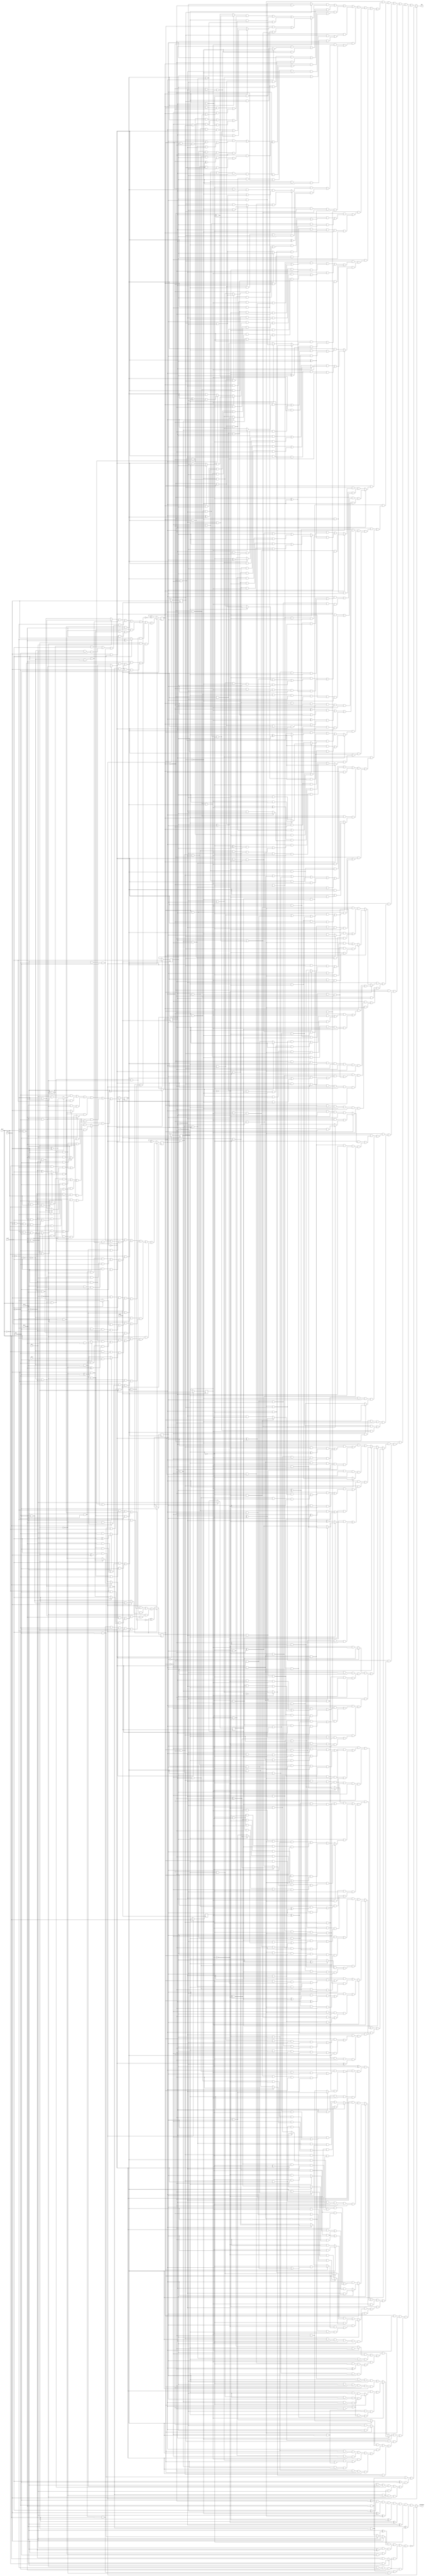
// Benchmark "Huffman_jpeg_8" written by ABC on Fri Nov 21 18:10:47 2014

module Huffman_jpeg_8 ( clock, 
    in_0 , in_1 , in_2 , in_3 , in_4 , in_5 , in_6 , in_7 ,
    carestate, out  );
  input  clock;
  input  in_0 , in_1 , in_2 , in_3 , in_4 , in_5 , in_6 ,
    in_7 ;
  output carestate, out;
  reg reg_0 , reg_1 , reg_2 , reg_3 , reg_4 , reg_5 , reg_6 ,
    reg_7 , counter_0 , counter_1 , counter_2 , counter_3 ;
  wire n47_1, n56, n57_1, n58, n59, n60, n61, n62_1, n63, n64, n65, n66,
    n67_1, n72_1, n73, n74, n75, n76, n77_1, n78, n79, n80, n81, n83, n84,
    n22, n27, n32, n37, n42, n47, n52, n57, n62, n67, n72, n77;
  assign n47_1 = ~counter_0  & ~counter_1  & ~counter_2  & ~counter_3 ;
  assign n22 = n47_1 ? in_0  : reg_0 ;
  assign n27 = n47_1 ? in_1  : reg_1 ;
  assign n32 = n47_1 ? in_2  : reg_2 ;
  assign n37 = n47_1 ? in_3  : reg_3 ;
  assign n42 = n47_1 ? in_4  : reg_4 ;
  assign n47 = n47_1 ? in_5  : reg_5 ;
  assign n52 = n47_1 ? in_6  : reg_6 ;
  assign n57 = n47_1 ? in_7  : reg_7 ;
  assign n56 = ((in_4  ? (~in_5  & ~in_7 ) : (in_5  & in_7 )) & (in_0  | (~in_0  & in_6 ))) | (~in_5  & ((in_0  & ~in_4  & in_6 ) | (~in_0  & in_4  & ~in_6 ) | (in_0  & ~in_6  & in_7 ))) | (in_0  & ~in_4  & in_5  & ~in_7 ) | (~in_0  & in_1  & ~in_4  & ((~in_5  & in_6 ) | (in_5  & ~in_6 ) | (in_5  & in_6  & ~in_7 ))) | (~in_0  & ~in_1  & in_2  & ~in_4  & (in_6  ? (~in_5  ^ ~in_7 ) : in_5 )) | (in_3  & ~in_4  & ((~in_7  & ((in_2  & ~in_5  & (in_0  ? (in_1  & ~in_6 ) : (~in_1  & in_6 ))) | (~in_0  & ~in_1  & ~in_2  & in_5 ))) | (~in_0  & ~in_1  & ~in_2  & in_5  & ~in_6  & in_7 )));
  assign n57_1 = (~in_5  & (in_0  ? (in_4  ^ in_6 ) : (in_4  & ~in_6 ))) | (in_0  & ~in_4  & in_5 ) | (~in_0  & in_1  & ~in_4  & in_5 ) | (~in_5  & ((in_6  & ((in_4  & ~in_7 ) | (~in_0  & in_1  & ~in_4  & in_7 ))) | (~in_0  & in_1  & ~in_4  & ~in_6  & in_7 ))) | (~in_0  & ~in_1  & in_2  & ~in_4  & (in_5  ? (in_6  | (~in_6  & in_7 )) : (~in_6  & in_7 ))) | (~in_4  & ((~in_0  & ~in_1  & ((~in_7  & (in_2  ? (in_3  ? (in_5  & ~in_6 ) : (~in_5  & in_6 )) : (in_6  & (in_3  ^ in_5 )))) | (~in_2  & in_7  & (in_3  ? in_6  : (in_5  & ~in_6 ))))) | (in_0  & in_1  & in_2  & ~in_6  & in_7  & in_3  & ~in_5 )));
  assign n58 = ((in_4  ^ in_5 ) & ((in_0  & ~in_6  & in_7 ) | (~in_7  & (in_0  | (~in_0  & in_6 ))) | (~in_0  & in_1  & ~in_6 ))) | (~in_5  & ((in_0  & in_1  & ~in_4  & in_6 ) | (~in_0  & ~in_1  & in_4  & ~in_6 ) | (in_0  & ~in_1  & ~in_4  & in_6  & in_7 ))) | (~in_4  & in_5  & in_6  & in_7  & (in_0  | (~in_0  & in_1 ))) | (~in_0  & ~in_4  & ((in_6  & ((in_2  & (in_1  ? ~in_5  : (in_5  & in_7 ))) | (~in_5  & in_7  & ~in_1  & ~in_2 ))) | (~in_5  & ~in_6  & in_7  & in_1  & in_2 ))) | (~in_4  & ((~in_5  & ((in_2  & ((~in_1  & in_6  & (in_0  ? (in_3  & ~in_7 ) : (~in_3  ^ in_7 ))) | (in_0  & in_1  & ~in_6  & (~in_3  ^ ~in_7 )))) | (~in_0  & ~in_2  & ~in_6  & (in_1  ? (in_3  & in_7 ) : (~in_3  ^ in_7 ))))) | (~in_0  & ~in_1  & in_5  & ((~in_6  & (in_2  ? (~in_3  ^ in_7 ) : (~in_3  & ~in_7 ))) | (in_6  & in_7  & ~in_2  & in_3 )))));
  assign n59 = (~in_6  & (in_0  ? (in_4  ^ in_5 ) : (in_4  & ~in_5 ))) | (in_0  & ~in_4  & in_5  & in_6 ) | (in_1  & ~in_4  & (in_0  ? (~in_5  & in_6 ) : in_5 )) | (~in_5  & in_6  & (in_4  ? ~in_7  : (in_0  ? (~in_1  & in_7 ) : (in_1  & ~in_7 )))) | (~in_4  & ((in_7  & ((~in_2  & ~in_5  & (in_0  ? (in_1  & ~in_6 ) : (~in_1  ^ in_6 ))) | (~in_0  & ~in_1  & in_2  & in_5 ))) | (~in_0  & ~in_1  & in_2  & in_5  & ~in_7 ))) | (~in_4  & (in_0  ? (~in_5  & ((~in_1  & ((in_2  & (in_3  ? (~in_6  & in_7 ) : (in_6  & ~in_7 ))) | (in_6  & ~in_7  & ~in_2  & in_3 ))) | (in_1  & in_2  & in_3  & ~in_6  & ~in_7 ))) : ((~in_1  & ~in_2  & (in_3  ? (in_5  & in_7 ) : (~in_5  & ~in_7 ))) | (in_1  & in_2  & in_3  & ~in_5  & in_7 ) | (~in_3  & ((~in_1  & ((in_2  & ~in_5  & in_6 ) | (~in_2  & in_5  & ~in_6  & ~in_7 ))) | (~in_5  & ~in_6  & in_7  & in_1  & ~in_2 ))) | (~in_5  & ~in_6  & in_7  & ~in_1  & in_2  & in_3 ))));
  assign n60 = 1'b0;
  assign n61 = counter_3  | n60;
  assign n62_1 = counter_2  | n61;
  assign n63 = counter_1  | n62_1;
  assign n64 = counter_0  ^ ~n63;
  assign n65 = counter_1  ^ ~n62_1;
  assign n66 = counter_2  ^ ~n61;
  assign n67_1 = counter_3  ^ ~n60;
  assign n62 = n47_1 ? n56 : n64;
  assign n67 = n47_1 ? n57_1 : n65;
  assign n72 = n47_1 ? n58 : n66;
  assign n77 = n47_1 ? n59 : n67_1;
  assign n72_1 = in_0  ^ ~reg_0 ;
  assign n73 = in_1  ^ ~reg_1 ;
  assign n74 = in_2  ^ ~reg_2 ;
  assign n75 = in_3  ^ ~reg_3 ;
  assign n76 = in_4  ^ ~reg_4 ;
  assign n77_1 = in_5  ^ ~reg_5 ;
  assign n78 = in_6  ^ ~reg_6 ;
  assign n79 = in_7  ^ ~reg_7 ;
  assign n80 = n79 & n78 & n77_1 & n76 & n75 & n74 & n72_1 & n73;
  assign n81 = ((in_0  ^ in_1 ) & (in_5  ? in_4  : (in_4  ? (in_6  & in_7 ) : (~in_6  & ~in_7 )))) | (in_4  & (in_0  ^ ~in_1 ) & (in_5  | (~in_5  & in_6  & in_7 ))) | (~in_4  & ~in_5  & ~in_6  & ~in_7  & (in_0  ? (in_1  & ~in_2 ) : (~in_1  & in_2 ))) | (~in_4  & ~in_5  & ~in_6  & ~in_7  & ((~in_0  & ~in_1  & ~in_2  & in_3 ) | (in_0  & in_1  & in_2  & ~in_3 )));
  assign carestate = n47_1 ? ~n81 : n80;
  assign n83 = (in_6  & in_7 ) | (~in_6  & ~in_7 ) | ((in_6  ^ in_7 ) & ((~in_0  & ~in_1  & ~in_2  & in_3 ) | in_0  | (~in_0  & in_1 ) | (~in_0  & ~in_1  & in_2 ) | (~in_0  & ~in_1  & ~in_2  & ~in_3  & in_4 ) | (~in_0  & ~in_1  & ~in_2  & ~in_3  & ~in_4  & in_5 )));
  assign n84 = (~reg_4  & (((reg_5  ? (~reg_6  & ~reg_7 ) : (reg_6  & reg_7 )) & (reg_3  ? ((counter_1  & (counter_0  ? (reg_0  | (~counter_2  & ~reg_0  & reg_1 )) : ((reg_0  & reg_1  & counter_2  & ~counter_3 ) | (~counter_2  & counter_3  & ~reg_0  & ~reg_1 )))) | (counter_0  & ~counter_1  & (reg_0  | (~reg_0  & reg_1 )))) : (((counter_3  ? (~reg_0  & reg_1 ) : (reg_0  & ~reg_1 )) & ((counter_0  & counter_1  & ~counter_2 ) | (~counter_1  & (counter_0  | (~counter_0  & counter_2 ))))) | (reg_1  & ((~counter_0  & ~counter_1  & ~counter_2  & counter_3 ) | (counter_0  & ~counter_3  & (~counter_1  | (counter_1  & ~counter_2 ))) | (counter_0  & reg_0  & (counter_3  | (counter_1  & counter_2  & ~counter_3 ))))) | (counter_0  & reg_0  & ~reg_1  & (counter_3  | (counter_1  & counter_2  & ~counter_3 )))))) | (((reg_0  & (counter_2  ? ~reg_5  : (reg_1  & reg_5 ))) | (~counter_2  & ~reg_0  & reg_1  & ~reg_5 )) & ((~counter_0  & counter_1  & ~reg_6  & reg_7 ) | (counter_0  & ~counter_1  & reg_6  & ~reg_7 ))) | (reg_1  & ((counter_0  & ((reg_5  & (reg_7  | (counter_1  & reg_6  & ~reg_7 ) | (reg_6  & ~reg_7  & ~counter_1  & ~reg_0 ))) | (counter_1  & reg_0  & ~reg_5  & reg_6  & ~reg_7 ) | (~reg_7  & ((~counter_1  & reg_0  & reg_6  & (~counter_2  ^ reg_5 )) | (counter_1  & counter_2  & ~reg_0  & reg_5  & ~reg_6 ))) | (~counter_1  & ~counter_2  & reg_0  & ~reg_5  & ~reg_6  & reg_7 ))) | (~counter_0  & counter_1  & counter_2  & reg_6  & ~reg_7  & ~reg_0  & ~reg_5 ))) | (counter_0  & reg_0  & ~reg_1  & ((reg_5  & (reg_6  | (~reg_6  & reg_7 ))) | (~counter_1  & ~counter_2  & ~reg_5  & reg_6  & ~reg_7 ))) | (reg_7  & ((~counter_2  & ((~reg_1  & (counter_0  ? (~counter_1  & ~counter_3  & (reg_0  ? (~reg_5  & ~reg_6 ) : (reg_5  & reg_6 ))) : (counter_1  & counter_3  & reg_0  & (~reg_5  | (reg_5  & ~reg_6 ))))) | (~counter_0  & counter_1  & reg_1  & reg_5  & reg_6  & (~counter_3  ^ reg_0 )))) | (~counter_0  & counter_1  & counter_2  & reg_5  & (reg_0  | (~reg_0  & reg_1 )) & (~counter_3  ^ reg_6 )))) | (counter_1  & ~reg_7  & ((~counter_0  & ((reg_0  & ((reg_1  & ((~counter_2  & (counter_3  ? (reg_5  & ~reg_6 ) : (~reg_5  & reg_6 ))) | (counter_2  & counter_3  & reg_5  & reg_6 ))) | (counter_2  & ~reg_1  & (counter_3  ? reg_6  : (reg_5  & ~reg_6 ))))) | (~counter_2  & counter_3  & ~reg_0  & reg_6  & (~reg_1  ^ ~reg_5 )))) | (counter_0  & ~counter_2  & ~counter_3  & reg_0  & ~reg_1  & ~reg_5  & reg_6 ))) | (~counter_1  & ((reg_5  & ((~counter_2  & ~reg_1  & ((counter_0  & ~reg_0  & reg_3  & (~counter_3  ^ reg_7 )) | (~counter_0  & counter_3  & reg_0  & ~reg_3  & ~reg_7 ))) | (~counter_0  & counter_2  & ~counter_3  & ~reg_0  & reg_1  & ~reg_3  & ~reg_7 ) | (~reg_0  & ((reg_3  & ((reg_7  & (counter_0  ? (~reg_1  & (counter_2  ? reg_6  : (~counter_3  & ~reg_6 ))) : (counter_2  ? ((counter_3  ^ reg_1 ) & ~reg_6 ) : (counter_3  & reg_6 )))) | (~reg_1  & ~reg_7  & ((counter_0  & reg_6  & (counter_2  ^ counter_3 )) | (~counter_0  & counter_2  & counter_3  & ~reg_6 ))))) | (~counter_0  & counter_3  & ~reg_3  & ((reg_1  & (counter_2  ? (reg_6  ^ reg_7 ) : (~reg_6  & reg_7 ))) | (reg_6  & ~reg_7  & ~counter_2  & ~reg_1 ))))) | (~counter_0  & counter_3  & reg_0  & ((reg_1  & (counter_2  ? (reg_3  ? (~reg_6  & reg_7 ) : (reg_6  & ~reg_7 )) : (reg_3  ? (reg_6  & reg_7 ) : (reg_6  ^ reg_7 )))) | (~counter_2  & ~reg_1  & reg_7  & (~reg_3  ^ reg_6 )))))) | (~counter_0  & ~reg_5  & (counter_2  ? ((reg_3  & (reg_0  ? ((counter_3  & ~reg_1  & ~reg_6  & reg_7 ) | (~counter_3  & reg_1  & reg_6  & ~reg_7 )) : ((reg_6  & (counter_3  ? (~reg_1  ^ reg_7 ) : (~reg_1  & reg_7 ))) | (~reg_6  & reg_7  & ~counter_3  & ~reg_1 )))) | (~counter_3  & ~reg_0  & reg_1  & ~reg_3  & (reg_6  ^ reg_7 ))) : (counter_3  & ((reg_1  & ((~reg_0  & (reg_3  ? (reg_6  & ~reg_7 ) : (~reg_6  & reg_7 ))) | (reg_0  & ~reg_3  & reg_6  & ~reg_7 ))) | (reg_0  & ~reg_1  & reg_3  & reg_7 ))))))) | (counter_1  & (reg_0  ? ((~counter_0  & ((~counter_3  & ((~reg_3  & ((counter_2  & ~reg_7  & (reg_1  ? (reg_5  & ~reg_6 ) : (~reg_5  & reg_6 ))) | (~counter_2  & reg_1  & ~reg_5  & reg_6  & reg_7 ))) | (~counter_2  & reg_3  & ~reg_6  & reg_7  & (~reg_1  ^ ~reg_5 )))) | (~counter_2  & counter_3  & reg_1  & ~reg_6  & reg_7  & ~reg_3  & ~reg_5 ))) | (counter_3  & ~reg_1  & counter_0  & ~counter_2  & reg_6  & ~reg_7  & reg_3  & ~reg_5 )) : ((reg_5  & (counter_0  ? (~reg_1  & reg_3  & reg_6  & reg_7 ) : ((~reg_7  & (counter_2  ? ((~counter_3  & reg_1  & ~reg_3  & reg_6 ) | (counter_3  & ~reg_1  & reg_3  & ~reg_6 )) : ((~counter_3  & ~reg_1  & ~reg_3  & reg_6 ) | (reg_3  & ~reg_6  & counter_3  & reg_1 )))) | (~counter_2  & ~reg_1  & ~reg_3  & reg_7  & (~counter_3  ^ reg_6 ))))) | (~counter_0  & ~reg_5  & reg_7  & ((counter_2  & ((~counter_3  & reg_3  & (reg_1  ^ reg_6 )) | (~reg_3  & reg_6  & counter_3  & reg_1 ))) | (~counter_2  & ~counter_3  & reg_1  & reg_3  & reg_6 )))))))) | (reg_4  & ~reg_5  & ((~reg_7  & (((~reg_1  ^ reg_6 ) & (((~counter_2  ^ reg_3 ) & (counter_0  | (~counter_0  & counter_3  & reg_0 ))) | ((counter_2  ^ reg_3 ) & (counter_0  | (~counter_0  & counter_1  & counter_3  & reg_0 ))) | (~counter_0  & counter_1  & ~counter_2  & ~counter_3  & reg_0 ))) | (counter_3  & (reg_0  ? (((reg_1  ^ reg_6 ) & (counter_0  | (~counter_0  & counter_1  & counter_2 ) | (~counter_0  & ~counter_1  & ~counter_2  & ~reg_3 ))) | (~counter_0  & counter_1  & ~counter_2  & ~reg_1  & reg_6 )) : ((counter_1  & (counter_0  ? (reg_1  ^ reg_6 ) : reg_1 )) | (counter_0  & ~counter_1  & (reg_1  ^ reg_6 )) | (~counter_0  & ~counter_1  & (counter_2  ? (reg_1  ? (reg_3  & reg_6 ) : (~reg_3  & ~reg_6 )) : (reg_1  & ~reg_3 )))))) | (~counter_3  & ((counter_0  & ~counter_1  & (reg_1  ^ reg_6 )) | (counter_1  & (counter_0  ? (reg_1  ^ reg_6 ) : (((~reg_1  ^ reg_3 ) & (counter_2  ? reg_6  : (~reg_0  & ~reg_6 ))) | (counter_2  & (((~reg_1  ^ ~reg_3 ) & reg_6 ) | (reg_0  & reg_1  & reg_3  & ~reg_6 ))) | (~counter_2  & reg_0  & ~reg_1  & reg_3  & reg_6 )))))))) | (~reg_6  & reg_7  & ((counter_1  & counter_2  & ~counter_3  & reg_3 ) | (~counter_1  & ~counter_2  & counter_3  & ~reg_3 ) | (counter_0  & ((counter_1  & ~counter_2 ) | (~counter_1  & counter_2 ) | (counter_1  & counter_2  & counter_3 ) | (~counter_1  & ~counter_2  & ~counter_3 ) | (~counter_1  & ~counter_2  & counter_3  & reg_3 ) | (counter_1  & counter_2  & ~counter_3  & ~reg_3 ))) | (~counter_0  & counter_2  & reg_1  & (counter_1  ? (counter_3  | (~counter_3  & ~reg_3 )) : (counter_3  & ~reg_3 ))) | (~counter_0  & ((counter_1  & reg_0  & ((~reg_1  & ((counter_2  & counter_3 ) | (~counter_2  & ~counter_3 ) | (counter_2  & ~counter_3  & ~reg_3 ))) | (reg_1  & ~reg_3  & ~counter_2  & ~counter_3 ))) | (~counter_1  & counter_2  & ~counter_3  & ~reg_0  & ~reg_1  & ~reg_3 ))))))) | (reg_2  & ((~reg_0  & (counter_1  ? ((~reg_1  & ((~counter_2  & ((reg_3  & ((~reg_4  & reg_5  & (counter_0  ? ~reg_7  : (~counter_3  & reg_7 ))) | (~counter_0  & counter_3  & reg_4  & ~reg_5  & ~reg_7 ))) | (counter_0  & ~reg_3  & ~reg_4  & reg_5  & reg_7 ))) | (~counter_0  & counter_2  & counter_3  & ~reg_5  & ~reg_7  & reg_3  & reg_4 ))) | (~counter_0  & ~counter_2  & counter_3  & reg_1  & reg_5  & ~reg_7  & ~reg_3  & ~reg_4 )) : (counter_2  ? (counter_0  ? (~reg_1  & ~reg_4  & reg_5  & (~reg_3  | (counter_3  & reg_3  & ~reg_7 ))) : ((~reg_4  & ((counter_3  & reg_5  & (reg_1  ? (reg_3  & reg_7 ) : (~reg_3  & ~reg_7 ))) | (~counter_3  & ~reg_1  & ~reg_3  & ~reg_5  & reg_7 ))) | (~counter_3  & reg_3  & reg_4  & ~reg_5  & ~reg_7 ))) : (~reg_1  & ~reg_3  & ~reg_4  & ((counter_3  & (counter_0  ? reg_5  : (~reg_5  & reg_7 ))) | (counter_0  & ~counter_3  & reg_5  & ~reg_7 )))))) | (~counter_0  & counter_2  & reg_0  & ((~counter_1  & ((reg_1  & ((~reg_3  & ~reg_4  & ((reg_7  & (counter_3  | (~counter_3  & ~reg_5 ))) | (~counter_3  & reg_5  & ~reg_7 ))) | (~counter_3  & reg_3  & reg_4  & ~reg_5  & ~reg_7 ))) | (reg_4  & ~reg_5  & ~reg_7  & ~counter_3  & ~reg_1  & reg_3 ))) | (counter_1  & ~counter_3  & reg_1  & ~reg_5  & ~reg_7  & reg_3  & ~reg_4 ))))) | (~counter_0  & ~reg_2  & ((~reg_4  & ((reg_5  & ((~reg_1  & (counter_1  ? (~reg_0  & reg_3  & (counter_2  ? (~counter_3  & ~reg_7 ) : (counter_3  & reg_7 ))) : (counter_2  & reg_0  & ~reg_3  & reg_7 ))) | (~counter_1  & counter_2  & ~counter_3  & reg_0  & reg_1  & (~reg_3  ^ ~reg_7 )))) | (~counter_1  & counter_2  & reg_0  & ~reg_5  & reg_7  & (counter_3  ? (~reg_1  & ~reg_3 ) : (reg_1  & reg_3 ))))) | (~counter_1  & reg_4  & ~reg_5  & ~reg_7  & ((counter_2  & ~counter_3  & ~reg_3  & (reg_0  | (~reg_0  & reg_1 ))) | (~counter_2  & counter_3  & ~reg_0  & ~reg_1  & reg_3 ))))) | (~counter_0  & ((~reg_5  & (counter_3  ? ((reg_2  & ((reg_3  & ((~counter_1  & ~reg_6  & ((counter_2  & ~reg_0  & ~reg_1  & reg_4 ) | (~counter_2  & reg_0  & reg_1  & ~reg_4 ))) | (counter_1  & counter_2  & ~reg_0  & ~reg_1  & ~reg_4  & reg_6 ))) | (counter_1  & ~reg_0  & ~reg_1  & ~reg_3  & ~reg_4  & reg_6 ))) | (counter_1  & ~counter_2  & ~reg_0  & ~reg_1  & ~reg_2  & ~reg_3  & reg_4  & ~reg_6 ) | (~counter_2  & (((reg_2  ? (reg_3  & reg_7 ) : (~reg_3  & ~reg_7 )) & ((~counter_1  & ~reg_0  & ~reg_1  & ~reg_4  & reg_6 ) | (counter_1  & reg_0  & reg_1  & reg_4  & ~reg_6 ))) | (reg_6  & (reg_0  ? (~reg_4  & ((counter_1  & reg_1  & (reg_2  ? (reg_3  ^ ~reg_7 ) : (~reg_3  ^ ~reg_7 ))) | (reg_2  & ~reg_3  & ~reg_7  & ~counter_1  & ~reg_1 ))) : ((reg_1  & ~reg_2  & reg_3  & ~reg_4  & reg_7 ) | (~reg_1  & reg_2  & ~reg_3  & reg_4  & ~reg_7 ) | (counter_1  & ~reg_4  & ((reg_1  & ~reg_2  & ~reg_3  & reg_7 ) | (~reg_1  & reg_2  & reg_3  & ~reg_7 )))))) | (reg_3  & ~reg_4  & ~reg_6  & ((counter_1  & ((reg_0  & reg_1  & (reg_2  ^ reg_7 )) | (~reg_0  & ~reg_1  & reg_2  & reg_7 ))) | (~counter_1  & ~reg_0  & reg_1  & reg_2  & reg_7 ))))) | (counter_2  & (reg_2  ? (reg_3  ? ((~reg_6  & ((reg_7  & (reg_1  ^ reg_4 ) & (counter_1  ^ reg_0 )) | (counter_1  & reg_0  & reg_1  & ~reg_4  & ~reg_7 ))) | (~counter_1  & ~reg_4  & reg_6  & ((~reg_7  & (reg_0  | (~reg_0  & reg_1 ))) | (~reg_0  & ~reg_1  & reg_7 )))) : ((reg_4  & ((~reg_0  & ((counter_1  & ~reg_1  & (reg_6  ^ reg_7 )) | (reg_6  & ~reg_7  & ~counter_1  & reg_1 ))) | (~counter_1  & reg_0  & ~reg_7  & (~reg_1  ^ reg_6 )))) | (~counter_1  & ~reg_0  & ~reg_1  & ~reg_4  & reg_6  & reg_7 ))) : ((~reg_0  & ((~counter_1  & ((reg_4  & ((~reg_6  & (reg_1  ? (reg_3  ^ ~reg_7 ) : (~reg_3  & reg_7 ))) | (~reg_1  & reg_3  & reg_6  & ~reg_7 ))) | (~reg_3  & ~reg_4  & ~reg_7  & (~reg_1  ^ reg_6 )))) | (~reg_4  & reg_6  & reg_7  & counter_1  & reg_1  & reg_3 ))) | (~counter_1  & reg_0  & ((~reg_3  & ~reg_7  & (reg_1  ? (reg_4  ^ reg_6 ) : reg_6 )) | (reg_1  & reg_3  & reg_4  & ~reg_6  & reg_7 ))))))) : (reg_4  ? (((reg_0  ? (reg_2  & ~reg_3 ) : (~reg_2  & reg_3 )) & ((~counter_1  & counter_2  & ~reg_6  & reg_7 ) | (counter_1  & ~counter_2  & ~reg_1  & reg_6  & ~reg_7 ))) | (~reg_6  & ((counter_2  & ((reg_7  & ((~counter_1  & ((reg_0  & ~reg_2  & reg_3 ) | (reg_2  & ~reg_3  & ~reg_0  & reg_1 ))) | (counter_1  & ~reg_0  & ~reg_1  & reg_2  & ~reg_3 ))) | (counter_1  & ~reg_7  & ((~reg_0  & ~reg_1  & (reg_2  ^ reg_3 )) | (reg_2  & ~reg_3  & reg_0  & reg_1 ))))) | (counter_1  & ~counter_2  & ((reg_1  & (reg_0  ^ reg_2 ) & (reg_3  ^ ~reg_7 )) | (~reg_0  & ~reg_1  & ~reg_2  & ~reg_3  & reg_7 )))))) : (reg_6  ? ((counter_2  & ((reg_3  & ((~reg_1  & ((~reg_7  & (counter_1  ? (reg_0  ^ reg_2 ) : (~reg_0  & reg_2 ))) | (~counter_1  & reg_0  & reg_2  & reg_7 ))) | (~counter_1  & ~reg_0  & reg_1  & ~reg_2  & reg_7 ))) | (reg_2  & ~reg_3  & ((reg_0  & reg_1  & (~counter_1  ^ reg_7 )) | (counter_1  & ~reg_0  & ~reg_1 ))))) | (counter_1  & ~counter_2  & ((~reg_2  & (reg_1  ? (reg_0  ? (reg_3  & reg_7 ) : (~reg_3  ^ ~reg_7 )) : (~reg_0  ^ ~reg_3 ))) | (~reg_0  & ~reg_1  & reg_2  & ~reg_3  & ~reg_7 )))) : ((reg_0  & ((reg_7  & ((counter_1  & ~counter_2  & ~reg_3  & (reg_1  ^ reg_2 )) | (~reg_1  & ~reg_2  & reg_3  & ~counter_1  & counter_2 ))) | (~counter_1  & counter_2  & reg_1  & reg_2  & reg_3  & ~reg_7 ))) | (counter_1  & ~reg_0  & reg_2  & reg_7  & (counter_2  ? (reg_1  & ~reg_3 ) : ~reg_1 ))))))) | (~reg_4  & reg_5  & (((reg_2  ^ reg_3 ) & ((~reg_0  & ((counter_1  & ((counter_2  & counter_3  & ~reg_1  & ~reg_6  & reg_7 ) | (~counter_2  & ~counter_3  & reg_1  & reg_6  & ~reg_7 ))) | (reg_1  & reg_6  & ~reg_7  & ~counter_1  & ~counter_2  & counter_3 ))) | (~counter_1  & counter_2  & reg_0  & ~reg_1  & ~reg_7  & (~counter_3  ^ ~reg_6 )))) | ((reg_2  ^ reg_6 ) & ((~counter_3  & ((counter_2  & ((~counter_1  & reg_0  & reg_3  & reg_7 ) | (~reg_1  & ~reg_3  & ~reg_7  & counter_1  & ~reg_0 ))) | (counter_1  & ~counter_2  & ~reg_1  & (reg_0  ? (~reg_3  & reg_7 ) : (reg_3  & ~reg_7 ))))) | (~counter_1  & counter_2  & counter_3  & reg_0  & reg_1  & reg_3  & ~reg_7 ))) | (reg_3  & (reg_6  ? (counter_1  ? (counter_2  ? (~reg_0  & ((counter_3  & ~reg_1  & reg_2  & reg_7 ) | (~reg_7  & (counter_3  ? (~reg_1  ^ reg_2 ) : (reg_1  & ~reg_2 ))))) : (reg_0  & ((~counter_3  & (reg_1  ? (reg_2  & ~reg_7 ) : (~reg_2  & reg_7 ))) | (counter_3  & ~reg_1  & reg_2  & reg_7 )))) : (counter_2  & ((reg_7  & ((counter_3  & (reg_0  ? (~reg_1  ^ reg_2 ) : (~reg_1  & ~reg_2 ))) | (reg_1  & ~reg_2  & ~counter_3  & ~reg_0 ))) | (counter_3  & ~reg_1  & reg_2  & ~reg_7 )))) : ((~reg_0  & (reg_1  ? ((~reg_2  & ((~counter_1  & (counter_2  ? ~reg_7  : (counter_3  & reg_7 ))) | (counter_1  & ~counter_2  & ~counter_3  & reg_7 ))) | (counter_1  & ~counter_2  & reg_2  & (~counter_3  ^ reg_7 ))) : ((~counter_1  & ((counter_2  & ~counter_3  & reg_2 ) | (~counter_2  & counter_3  & ~reg_2  & ~reg_7 ))) | (counter_1  & counter_2  & ~counter_3  & ~reg_2  & reg_7 )))) | (counter_1  & ~counter_2  & ~counter_3  & reg_0  & ~reg_1  & reg_2  & ~reg_7 )))) | (~reg_3  & ((~reg_0  & (reg_6  ? (reg_7  & ((~reg_2  & (counter_1  ? (~reg_1  & (counter_2  | (~counter_2  & ~counter_3 ))) : (counter_2  ? (~counter_3  & reg_1 ) : (counter_3  & ~reg_1 )))) | (~counter_1  & counter_2  & counter_3  & reg_1  & reg_2 ))) : (((counter_3  ? (reg_2  & reg_7 ) : (~reg_2  & ~reg_7 )) & (counter_1  ? (~counter_2  & reg_1 ) : (counter_2  & ~reg_1 ))) | (~reg_1  & (counter_1  ? (counter_3  & reg_2  & (~counter_2  | (counter_2  & ~reg_7 ))) : (~reg_2  & (counter_2  ? (~counter_3  & reg_7 ) : (counter_3  & ~reg_7 )))))))) | (counter_1  & ~counter_2  & counter_3  & reg_0  & ~reg_1  & reg_2  & reg_6  & reg_7 ))))))) | (counter_0  & reg_2  & ~reg_4  & ((~reg_5  & (reg_0  ? (reg_3  ? ((~counter_3  & (counter_1  ? ((~counter_2  & reg_1  & ~reg_6  & reg_7 ) | (reg_6  & ~reg_7  & counter_2  & ~reg_1 )) : (reg_1  & ~reg_6  & (counter_2  | (~counter_2  & ~reg_7 ))))) | (~counter_1  & counter_3  & ~reg_6  & ((reg_1  & (counter_2  | (~counter_2  & ~reg_7 ))) | (~counter_2  & ~reg_1  & reg_7 )))) : ((~counter_1  & counter_2  & ~counter_3  & reg_1  & ~reg_6  & reg_7 ) | (~reg_1  & reg_6  & ~reg_7  & counter_1  & ~counter_2  & counter_3 ))) : (reg_6  & ((~counter_1  & (counter_2  ? (reg_1  & ~reg_7 ) : (~reg_1  & reg_7 ))) | (counter_1  & counter_2  & ~counter_3  & reg_1  & reg_7 ) | (reg_3  & ((~counter_1  & ~counter_3  & ~reg_1  & (counter_2  ^ ~reg_7 )) | (counter_1  & counter_2  & counter_3  & reg_1  & reg_7 ))))))) | (~reg_0  & ~reg_1  & reg_5  & (((counter_3  ? (reg_3  & ~reg_7 ) : (~reg_3  & reg_7 )) & (counter_1  ? (counter_2  & reg_6 ) : (~counter_2  & ~reg_6 ))) | (counter_2  & ((~reg_3  & reg_6  & counter_1  & counter_3 ) | (reg_3  & ~reg_6  & ~counter_1  & ~counter_3 ) | (reg_3  & ((~reg_6  & reg_7  & (counter_1  | (~counter_1  & counter_3 ))) | (reg_6  & ~reg_7  & counter_1  & ~counter_3 ))) | (~reg_3  & reg_6  & ~reg_7  & counter_1  & ~counter_3 ))) | (counter_1  & ~counter_2  & (reg_3  ? (~reg_6  & reg_7 ) : (reg_6  & ~reg_7 )))))));
  assign out = n47_1 ? n83 : n84;
  always @ (posedge clock) begin
    reg_0  <= n22;
    reg_1  <= n27;
    reg_2  <= n32;
    reg_3  <= n37;
    reg_4  <= n42;
    reg_5  <= n47;
    reg_6  <= n52;
    reg_7  <= n57;
    counter_0  <= n62;
    counter_1  <= n67;
    counter_2  <= n72;
    counter_3  <= n77;
  end
  initial begin
    reg_0  <= 1'b0;
    reg_1  <= 1'b0;
    reg_2  <= 1'b0;
    reg_3  <= 1'b0;
    reg_4  <= 1'b0;
    reg_5  <= 1'b0;
    reg_6  <= 1'b0;
    reg_7  <= 1'b0;
    counter_0  <= 1'b0;
    counter_1  <= 1'b0;
    counter_2  <= 1'b0;
    counter_3  <= 1'b0;
  end
endmodule